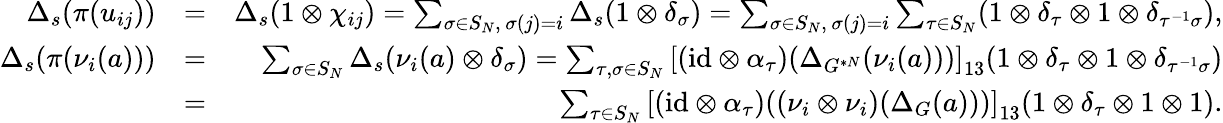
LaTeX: \begin{array}{rlr}{\Delta_{s}(\pi(u_{ij}))}&{=}&{\Delta_{s}(1\otimes\chi_{ij})=\sum_{\sigma\in S_{N},\, \sigma(j)=i}\Delta_{s}(1\otimes\delta_{\sigma})=\sum_{\sigma\in S_{N},\, \sigma(j)=i}\sum_{\tau\in S_{N}}(1\otimes\delta_{\tau}\otimes 1\otimes\delta_{\tau^{-1}\sigma}),}\\ {\Delta_{s}(\pi(\nu_{i}(a)))}&{=}&{\sum_{\sigma\in S_{N}}\Delta_{s}(\nu_{i}(a)\otimes\delta_{\sigma})=\sum_{\tau,\sigma\in S_{N}}\left[(\mathrm{id}\otimes\alpha_{\tau})(\Delta_{G^{*N}}(\nu_{i}(a)))\right]_{13}(1\otimes\delta_{\tau}\otimes 1\otimes\delta_{\tau^{-1}\sigma})}\\ &{=}&{\sum_{\tau\in S_{N}}\left[(\mathrm{id}\otimes\alpha_{\tau})((\nu_{i}\otimes\nu_{i})(\Delta_{G}(a)))\right]_{13}(1\otimes\delta_{\tau}\otimes 1\otimes 1).}\end{array}